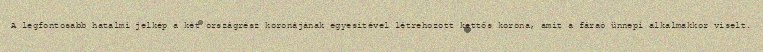
A legfontosabb hatalmi jelkép a két országrész koronájának egyesítével létrehozott kettős korona, amit a fáraó ünnepi alkalmakkor viselt.